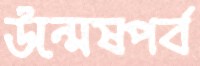
উন্মেষপর্ব